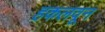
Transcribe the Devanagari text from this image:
हकलवून